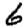
Digit: 6